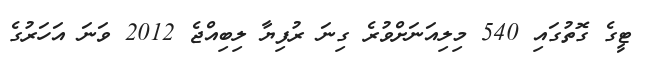
ޓީގެ ގޮތުގައި 540 މިލިއަނަށްވުރެ ގިނަ ރުފިޔާ ލިބިއްޖެ 2012 ވަނަ އަހަރުގެ